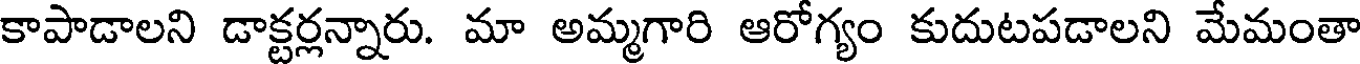
కాపాడాలని డాక్టర్లన్నారు. మా అమ్మగారి ఆరోగ్యం కుదుటపడాలని మేమంతా